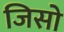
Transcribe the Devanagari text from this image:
जिसो